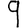
Digit: 9